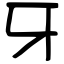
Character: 牙